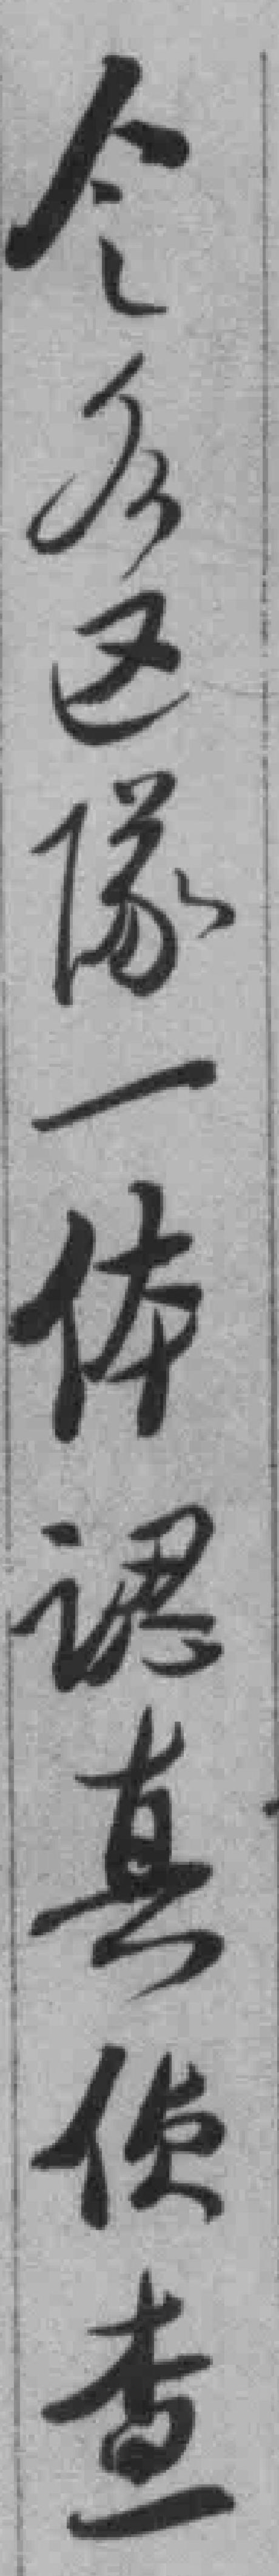
令*隊一体認真侦查